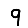
Digit: 9